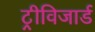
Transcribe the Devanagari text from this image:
ट्रीविजार्ड